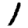
Digit: 1